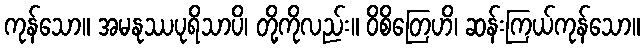
ကုန်သော။ အမနုဿပုရိသာပိ၊ တို့ကိုလည်း။ ဝိစိတြေဟိ၊ ဆန်းကြယ်ကုန်သော။